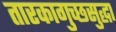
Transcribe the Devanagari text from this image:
तारकागुच्छसुद्धा